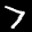
Label: 7